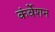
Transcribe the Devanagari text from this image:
कंर्वेशन